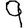
Digit: 9